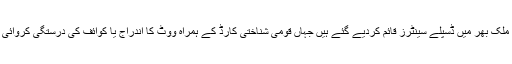
اس ضمن میں ملک بھر میں ڈسپلے سینٹرز قائم کردیے گئے ہیں جہاں قومی شناختی کارڈ کے ہمراہ ووٹ کا اندراج یا کوائف کی درستگی کروائی جا سکتی ہے۔